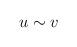
LaTeX: \begin{align*}u\sim v \end{align*}